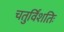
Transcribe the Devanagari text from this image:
चतुर्विंशतिः